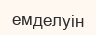
емделуін